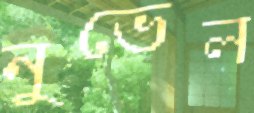
নুভেল